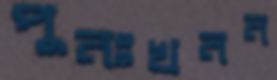
পুনঃখনন